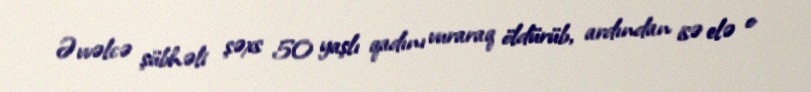
Əvvəlcə şübhəli şəxs 50 yaşlı qadını vuraraq öldürüb, ardından isə elə o